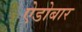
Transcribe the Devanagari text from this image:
ऐडोबार